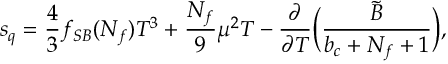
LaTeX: s _ { q } = { \frac { 4 } { 3 } } f _ { S B } ( N _ { f } ) T ^ { 3 } + { \frac { N _ { f } } { 9 } } \mu ^ { 2 } T - { \frac { \partial } { \partial T } } \Bigl ( { \frac { \tilde { B } } { b _ { c } + N _ { f } + 1 } } \Bigr ) ,